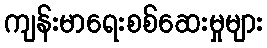
ကျန်းမာရေးစစ်ဆေးမှုများ